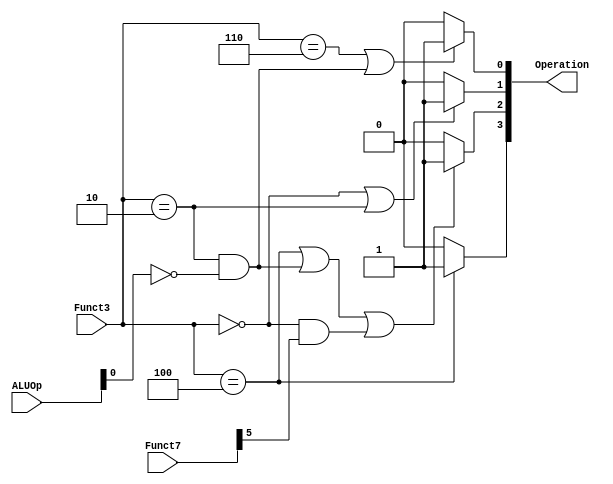
`timescale 1 ns / 1 ps

// Module definition
module ALUController (
    ALUOp, Funct7, Funct3, Operation
    );

    // Define the input and output signals
    input [1:0] ALUOp;
    input [6:0] Funct7;
    input [2:0] Funct3;
    output [3:0] Operation;

    // Define the ALUController modules behavior
    assign Operation[0] = 
    ((Funct3 == 3'b110) || ((Funct3 == 3'b010) && (ALUOp[0] == 1'b0)))
    ? 1'b1 : 1'b0; 
    assign Operation[1] = ((Funct3 == 3'b000) || (Funct3 == 3'b010)) 
    ? 1'b1 : 1'b0; 
    assign Operation[2] = 
    ((Funct3 == 3'b100) || ((Funct3 == 3'b010) && (ALUOp[0] == 1'b0))
    || ((Funct3 == 3'b000) && (Funct7[5] == 1'b1))) ? 1'b1 : 1'b0; 
    assign Operation[3] = (Funct3 == 3'b100) ? 1'b1 : 1'b0; 

endmodule // ALUController